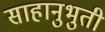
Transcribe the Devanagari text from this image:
साहानुभुती